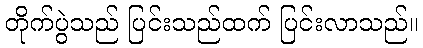
တိုက်ပွဲသည် ပြင်းသည်ထက် ပြင်းလာသည်။